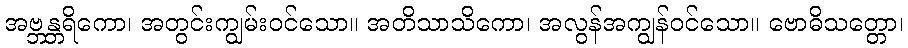
အဗ္ဘန္တရိကော၊ အတွင်းကျွမ်းဝင်သော။ အတိသာသိကော၊ အလွန်အကျွန်ဝင်သော။ ဗောဓိသတ္တော၊